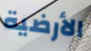
الأرضية